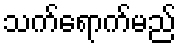
သက်ရောက်မည်